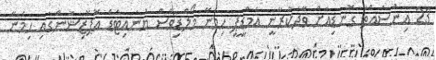
23 އިންސައްތަ ގޮނޑިއަށް ވާދަކުރާނީ އެމްޑީޕީ ހިމެނޭ މޯލްޑިވްސް ޔުނައިޓެޑް އޮޕޮޒިޝަންގައި ހިމެނޭ